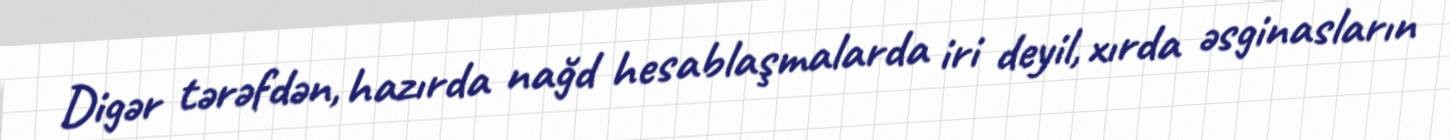
Digər tərəfdən, hazırda nağd hesablaşmalarda iri deyil, xırda əsginasların